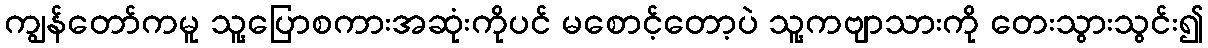
ကျွန်တော်ကမူ သူ့ပြောစကားအဆုံးကိုပင် မစောင့်တော့ပဲ သူ့ကဗျာသားကို တေးသွားသွင်း၍